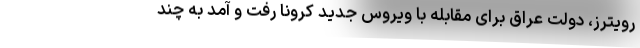
رویترز، دولت عراق برای مقابله با ویروس جدید کرونا رفت و آمد به چند